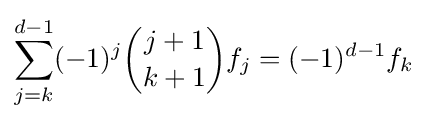
\sum _{j=k}^{d-1}(-1)^{j}{\binom {j+1}{k+1}}f_{j}=(-1)^{d-1}f_{k}